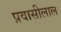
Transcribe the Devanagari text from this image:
प्रवासीलाल